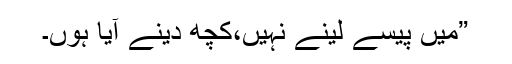
”میں پیسے لینے نہیں،کچھ دینے آیا ہوں۔